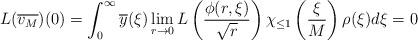
LaTeX: \begin{align*} L(\overline{v_{M}})(0) = \int_{0}^{\infty} \overline{y}(\xi) \lim_{r \rightarrow 0}L\left(\frac{\phi(r,\xi)}{\sqrt{r}}\right) \chi_{\leq 1}\left(\frac{\xi}{M}\right) \rho(\xi) d\xi=0\end{align*}